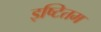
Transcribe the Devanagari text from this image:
इष्टितम